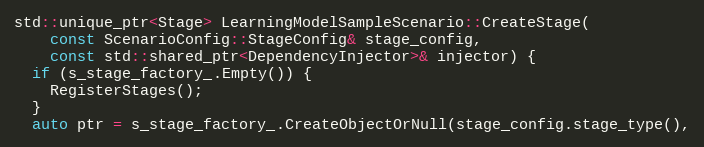
Language: C++
std::unique_ptr<Stage> LearningModelSampleScenario::CreateStage(
    const ScenarioConfig::StageConfig& stage_config,
    const std::shared_ptr<DependencyInjector>& injector) {
  if (s_stage_factory_.Empty()) {
    RegisterStages();
  }
  auto ptr = s_stage_factory_.CreateObjectOrNull(stage_config.stage_type(),